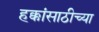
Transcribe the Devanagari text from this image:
हक्कांसाठीच्या